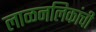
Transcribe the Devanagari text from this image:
लाळनलिकांची